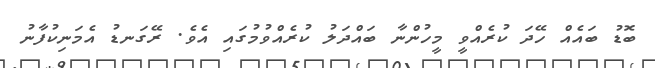
ބޮޑު ބައެއް ހޭދަ ކުރެއްވީ މީހުންނާ ބައްދަލު ކުރެއްވުމުގައި އެވެ. ރޭގަނޑު އެމަނިކުފާނު